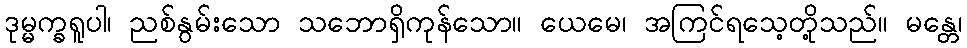
ဒုမ္မက္ခရူပါ၊ ညစ်နွမ်းသော သဘောရှိကုန်သော။ ယေမေ၊ အကြင်ရသေ့တို့သည်။ မန္တေ၊